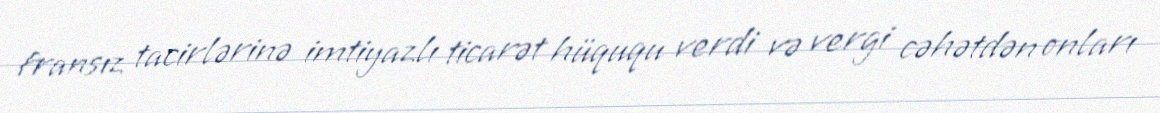
fransız tacirlərinə imtiyazlı ticarət hüququ verdi və vergi cəhətdən onları